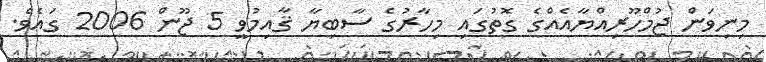
މިނިވަން ޖުމްހޫރިއްޔާއެއްގެ ގޮތުގައި މިހާރުގެ ސާބިޔާ ޤާއިމުވީ 5 ޖޫން 2006 ގައެވެ.